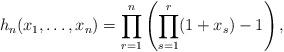
LaTeX: \begin{align*}h_n(x_1,\dots,x_n) = \prod_{r=1}^n \left( \prod_{s=1}^r (1+x_s) - 1 \right),\end{align*}